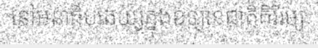
នៅអនាធិបតេយ្យក្នុងឧទ្យានជាតិគិរីរម្យ